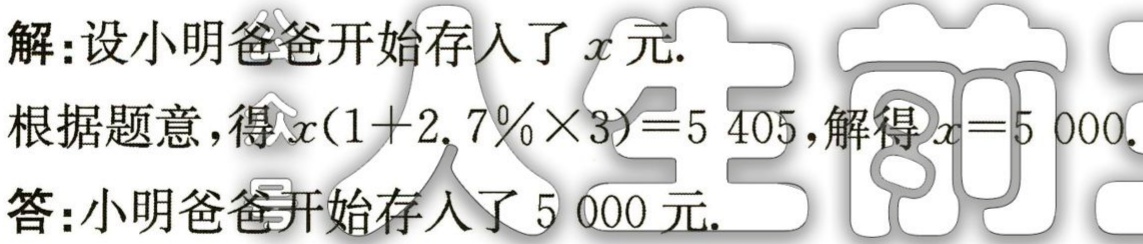
解：设小明爸爸开始存入了\(x\)元.
根据题意，得\(x(1 + 2.7\%×3)=5405\)，解得\(x = 5000\).
答：小明爸爸开始存入了\(5000\)元.